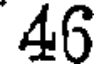
46